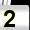
Digit: 2